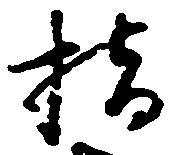
橋